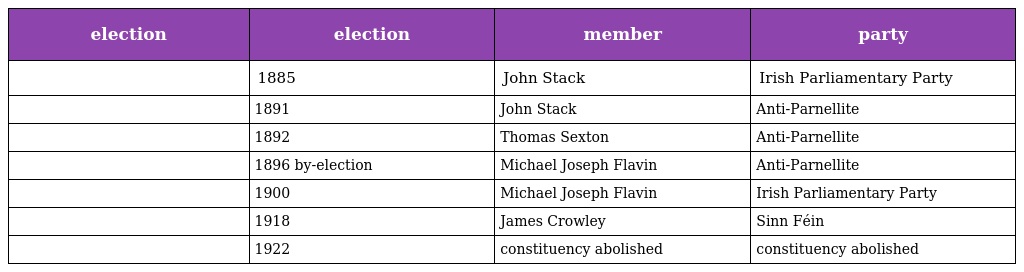
| election | election | member | party |
 | --- | --- | --- | --- |
 |  | 1885 | John Stack | Irish Parliamentary Party |
 |  | 1891 | John Stack | Anti-Parnellite |
 |  | 1892 | Thomas Sexton | Anti-Parnellite |
 |  | 1896 by-election | Michael Joseph Flavin | Anti-Parnellite |
 |  | 1900 | Michael Joseph Flavin | Irish Parliamentary Party |
 |  | 1918 | James Crowley | Sinn Féin |
 |  | 1922 | constituency abolished | constituency abolished |